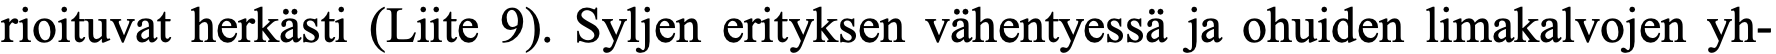
rioituvat herkästi (Liite 9). Syljen erityksen vähentyessä ja ohuiden limakalvojen yh-